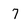
Character: 7